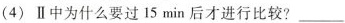
(4)Ⅱ中为什么要过15min后才进行比较?___